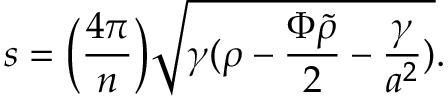
s = \Big ( { \frac { 4 \pi } { n } } \Big ) \sqrt { \gamma ( \rho - { \frac { \Phi \tilde { \rho } } { 2 } } - { \frac { \gamma } { a ^ { 2 } } } ) } .